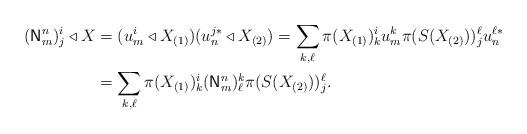
LaTeX: \begin{align*}(\mathsf{N}_{m}^{n})_{j}^{i}\triangleleft X & =(u_{m}^{i}\triangleleft X_{(1)})(u_{n}^{j*}\triangleleft X_{(2)})= \sum_{k,\ell}\pi(X_{(1)})_{k}^{i}u_{m}^{k}\pi(S(X_{(2)}))_{j}^{\ell}u_{n}^{\ell*}\\ & =\sum_{k,\ell}\pi(X_{(1)})_{k}^{i}(\mathsf{N}_{m}^{n})_{\ell}^{k}\pi(S(X_{(2)}))_{j}^{\ell}.\end{align*}